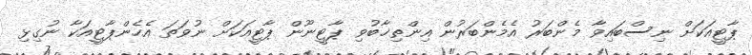
ޕާޓީއަކަށް ނިސްބައިވާ މެންބަރު އެމެންބަރުން އިންތިޚާބުވި ޕާޓީނޫން ޕާޓީއަކަށް ނުވަތަ އެހެންޕާޓީއަކާ ނުގިޅި